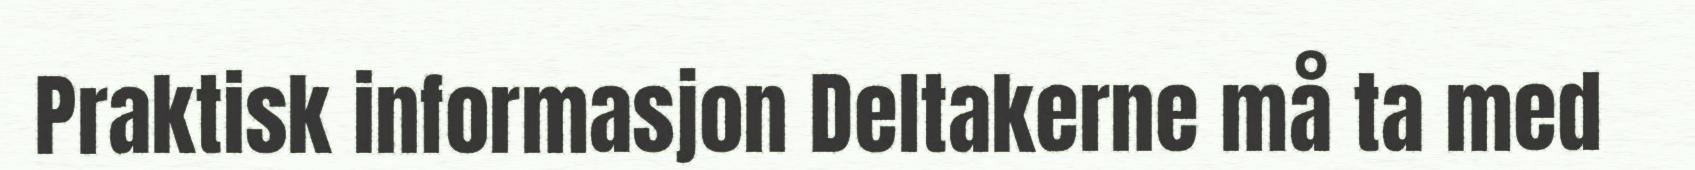
Praktisk informasjon Deltakerne må ta med